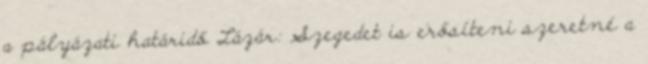
a pályázati határidő Lázár: Szegedet is erősíteni szeretné a